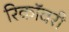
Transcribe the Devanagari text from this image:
रिकॉवरी